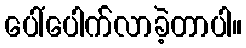
ပေါ်ပေါက်လာခဲ့တာပါ။